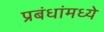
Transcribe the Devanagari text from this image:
प्रबंधांमध्ये